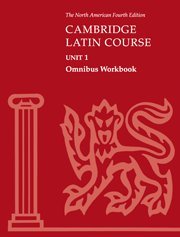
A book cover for Cambridge Latin Course Unit 1 Omnibus Workbook North American edition (North American Cambridge Latin Course); North American Cambridge Classics Project; Children's Books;